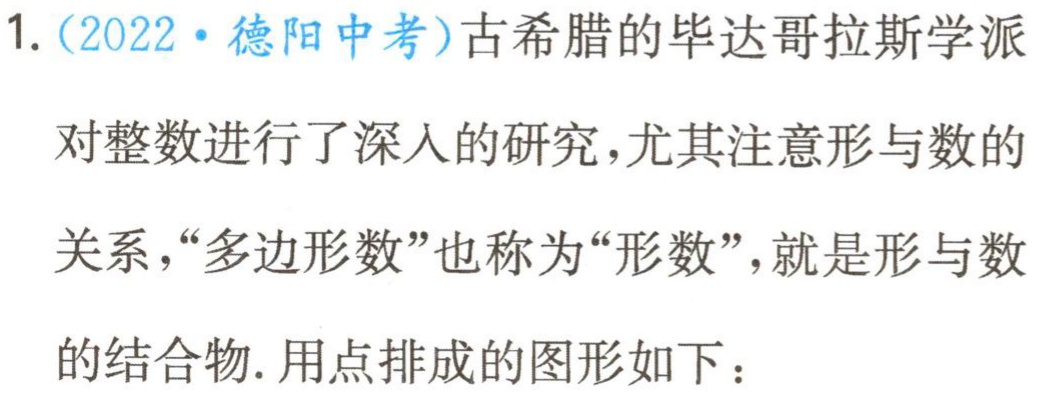
1.（2022·德阳中考）古希腊的毕达哥拉斯学派对整数进行了深入的研究，尤其注意形与数的关系，“多边形数”也称为“形数”，就是形与数的结合物. 用点排成的图形如下：